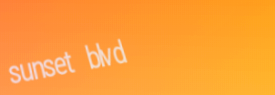
sunset blvd